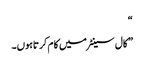
“
” کال سینٹر میں کا م کرتاہوں۔